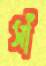
সাঁ